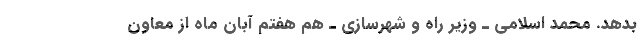
بدهد. محمد اسلامی ـ وزیر راه و شهرسازی ـ هم هفتم آبان ماه از معاون